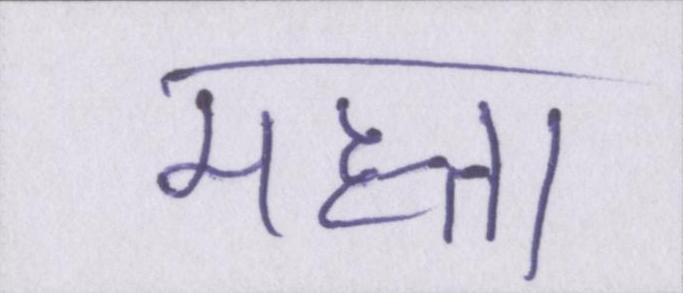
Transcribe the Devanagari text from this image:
महत्ता